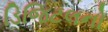
ડિજિટલનો